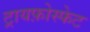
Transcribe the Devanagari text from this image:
ट्रायफ़ोस्फेट